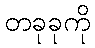
တခုခုကို